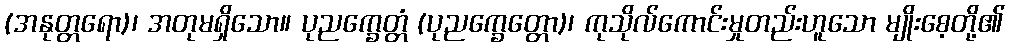
(အနုတ္တရော)၊ အတုမရှိသော။ ပုညက္ခေတ္တံ (ပုညက္ခေတ္တော)၊ ကုသိုလ်ကောင်းမှုတည်းဟူသော မျိုးစေ့တို့၏